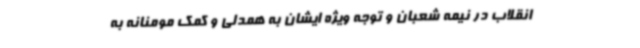
انقلاب در نیمه شعبان و توجه ویژه ایشان به همدلی و کمک مومنانه به